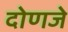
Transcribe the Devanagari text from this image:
दोणजे